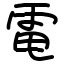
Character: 電